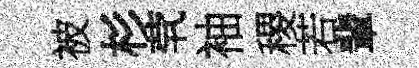
被杉茕袖稷若輩